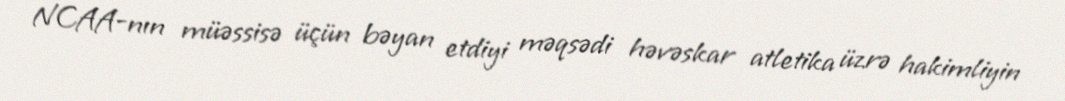
NCAA-nın müəssisə üçün bəyan etdiyi məqsədi həvəskar atletika üzrə hakimliyin